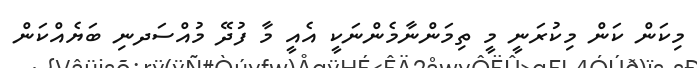
މިކަން ކަން މިކުރަނީ މީ ތިމަންނާމެންނަކީ އެއީ މާ ފުދޭ މުއްސަދނި ބަޔެއްކަން